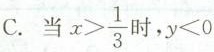
C. 当$$x > \frac{1}{3}$$ 时，$$y<0$$